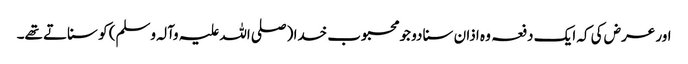
اور عرض کی کہ ایک دفعہ وہ اذان سنا دو جو محبوب خدا (صلی اللہ علیہ وآلہ وسلم) کو سناتے تھے۔